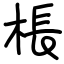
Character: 棖